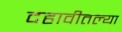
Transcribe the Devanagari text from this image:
दहावीतल्या